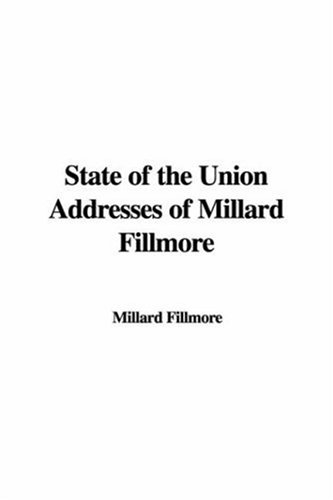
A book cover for State of the Union Addresses of Millard Fillmore; Millard Fillmore; Crafts, Hobbies & Home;